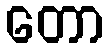
တော